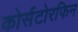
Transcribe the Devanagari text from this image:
कोर्सटोरफिन